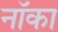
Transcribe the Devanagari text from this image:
नॉका